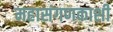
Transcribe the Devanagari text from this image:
महासंगणकाशी